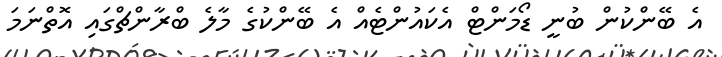
އެ ބޭންކުން ބުނީ ޑޯމަންޓް އެކައުންޓެއް އެ ބޭންކުގެ މާލެ ބްރާންޗްގައި އޮތްނަމަ